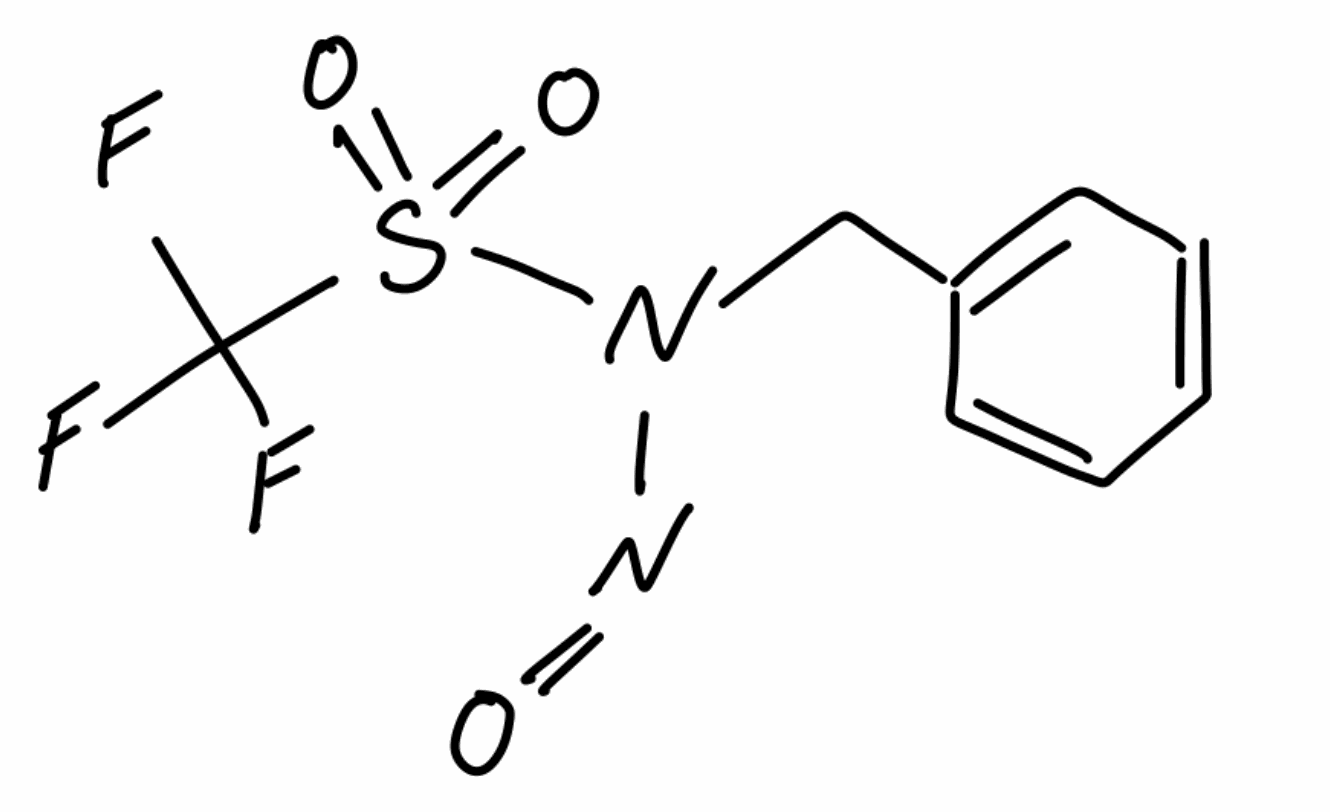
Simplified molecular-input line-entry system (SMILES) notation of the given molecule:
C1=CC=C(C=C1)CN(N=O)S(=O)(=O)C(F)(F)F